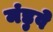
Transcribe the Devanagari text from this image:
मंडुवे